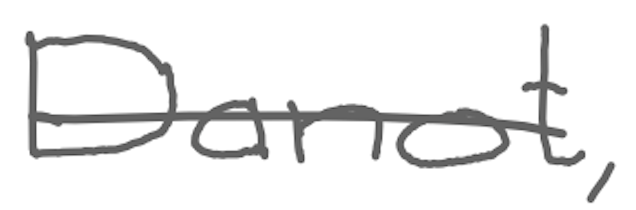
Text: Danot,
Cross-out: single-line
Writing tool: digital_gray